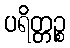
ပရိတ္တဉ္စ